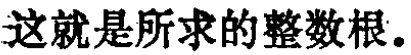
这就是所求的整数根。